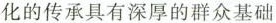
化的传承具有深厚的群众基础